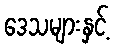
ဒေသများနှင့်